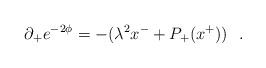
LaTeX: \begin{align*}\partial_+e^{-2\phi}=-(\lambda^2x^-+P_+(x^+))\ \ .\end{align*}